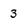
Character: 3